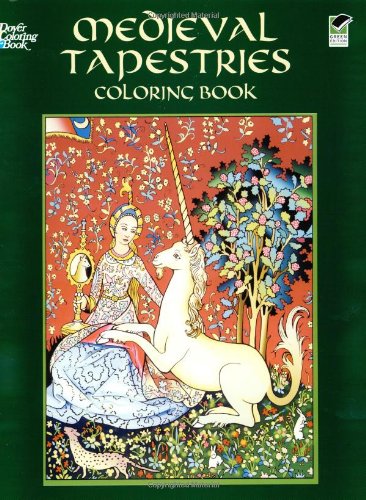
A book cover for Medieval Tapestries Coloring Book (Dover Fashion Coloring Book); Marty Noble; Children's Books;